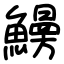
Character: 𩻠